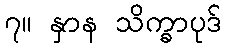
၇။ နှာန သိက္ခာပုဒ်